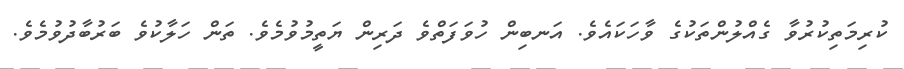
ކުރިމަތިކުރުވާ ގެއްލުންތަކުގެ ވާހަކައެވެ. އަނބިން ހުވަފަތްވެ ދަރިން ޔަތީމުވުމެވެ. ތަން ހަލާކުވެ ބަރުބާދުވުމެވެ.